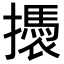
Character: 𢷭